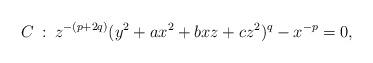
LaTeX: \begin{align*}C\::\:z^{-(p+2q)}(y^2+ax^2+bxz+cz^2)^q-x^{-p}=0,\end{align*}